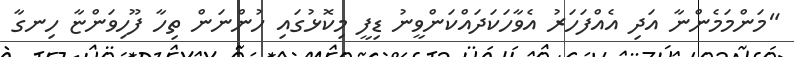
"މަންމަމެންނާ އަދި އެއްފަހަރު އެވާހަކަދައްކަންވީނު ޑިފީ މިކޮޅުގައި ހުންނަން ތިހާ ފޫހިވަންޏާ ހިނގާ